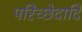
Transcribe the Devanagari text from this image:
परिच्छेदादि